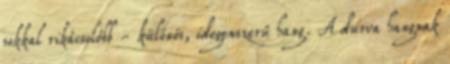
sokkal rikácsolóbb - különös, idegenszerű hang. A durva hangnak